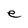
Character: e